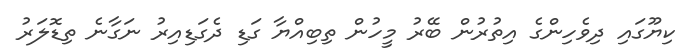
ކިޔޫގައި ދިވެހިންގެ އިތުރުން ބޭރު މީހުން ތިބިއްޔާ ގަޑި ދެގަޑިއިރު ނަގާނެ ތިޑޮލަރު